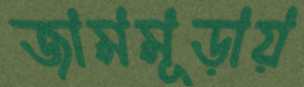
জামমূড়ায়